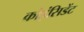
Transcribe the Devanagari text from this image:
कोइंसिडेंट